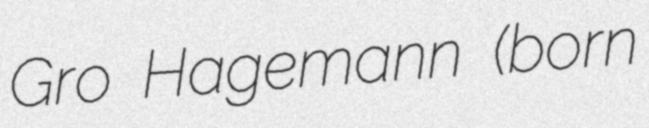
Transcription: Gro Hagemann (born